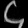
Digit: ၄